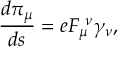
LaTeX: \frac { d \pi _ { \mu } } { d s } = e F _ { \mu } ^ { \ \nu } \gamma _ { \nu } ,